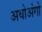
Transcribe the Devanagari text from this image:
अधोअंगो